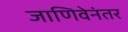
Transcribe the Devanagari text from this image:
जाणिवेनंतर